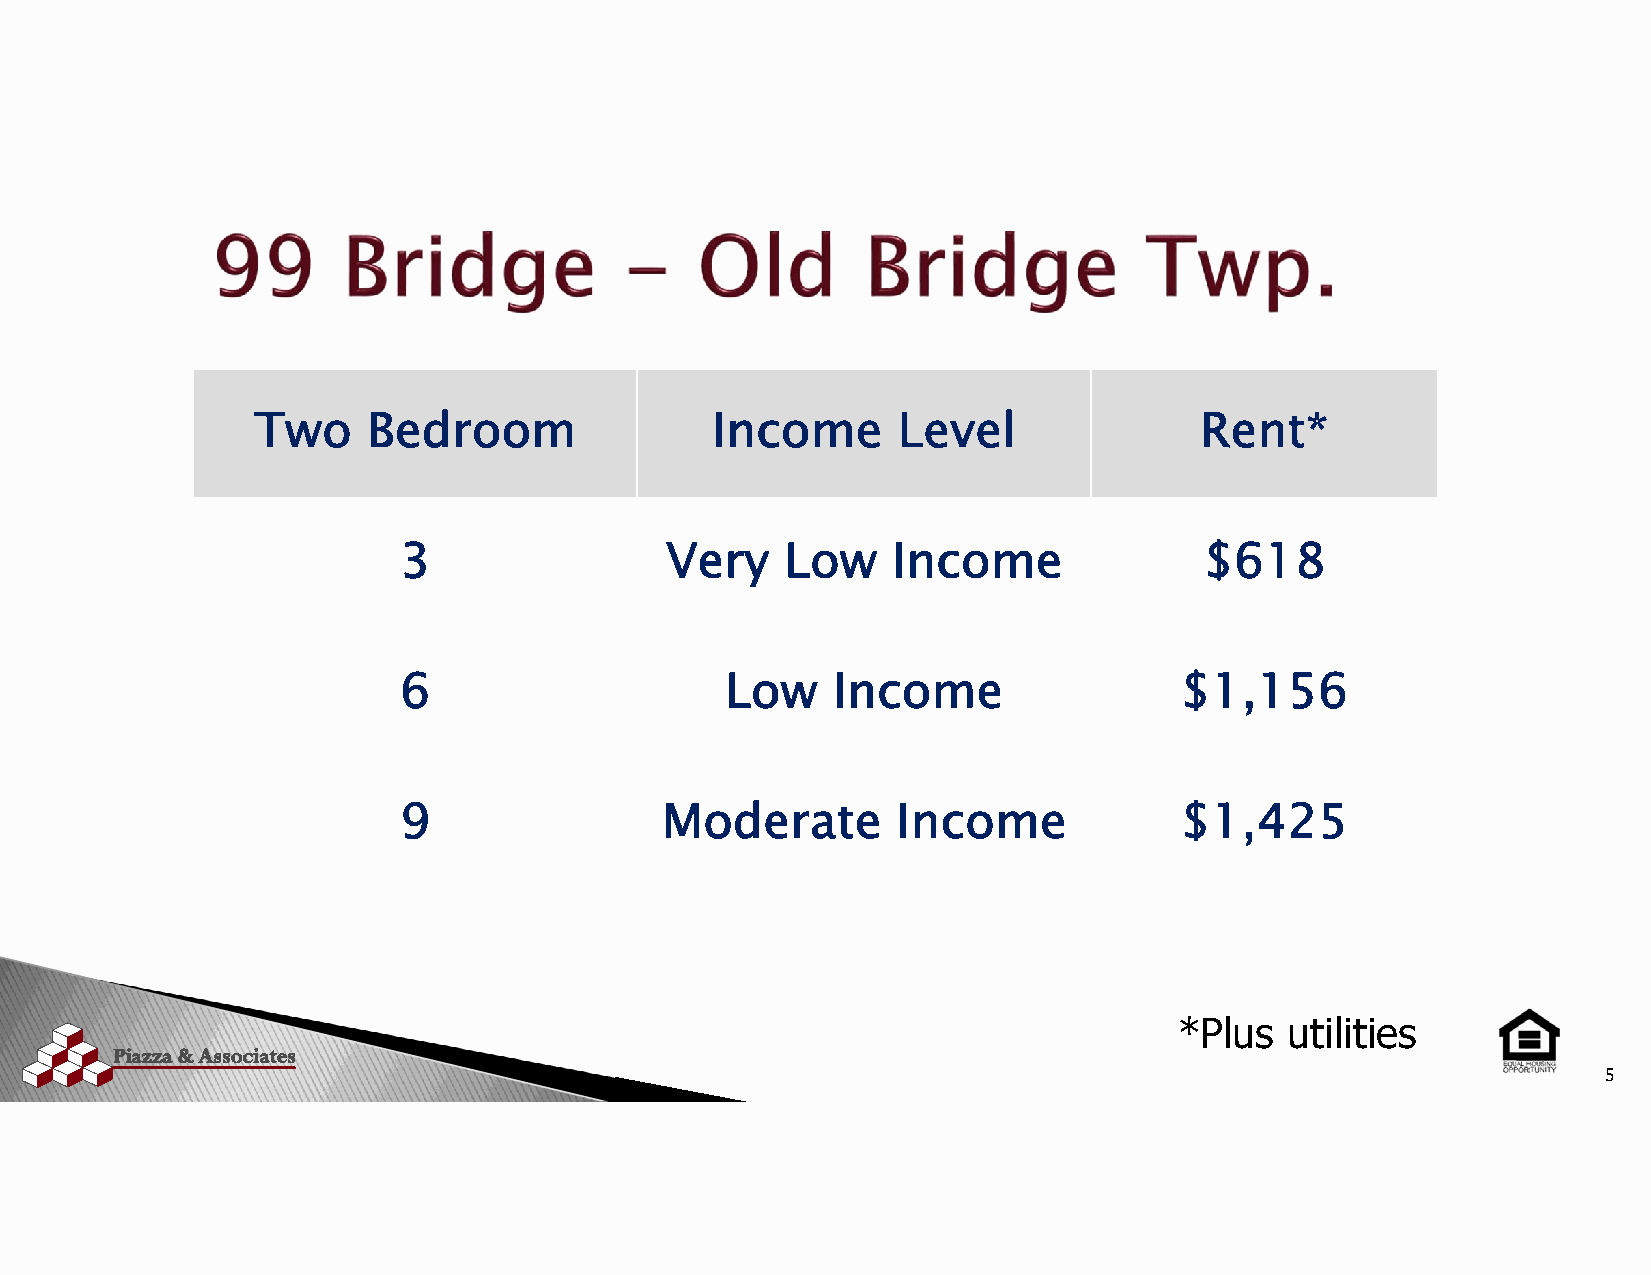
Two    Bedroom                Income      Level               Rent*
 3                 Very    Low    Income               $618
 6                     Low    Income                 $1,156
 9                 Moderate       Income             $1,425
 *Plus  utilities
 5